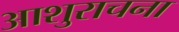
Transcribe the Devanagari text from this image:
आशुराचना